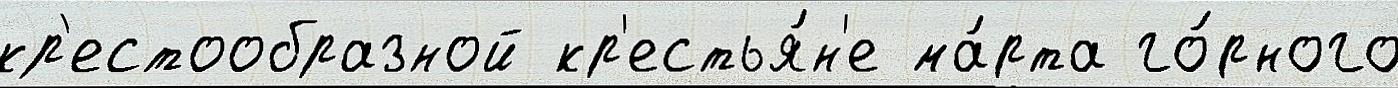
кр'естообразной кр'естья́н'е ма́рта го́рного